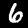
Digit: 6